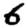
Digit: 6